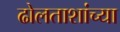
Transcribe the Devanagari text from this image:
ढोलताशांच्या